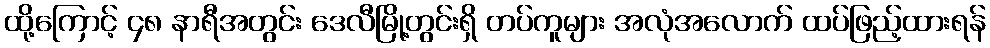
ထို့ကြောင့် ၄၈ နာရီအတွင်း ဒေလီမြို့တွင်းရှိ တပ်ကူများ အလုံအလောက် ထပ်ဖြည့်ထားရန်